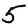
Digit: 5